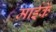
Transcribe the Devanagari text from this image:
माईकें